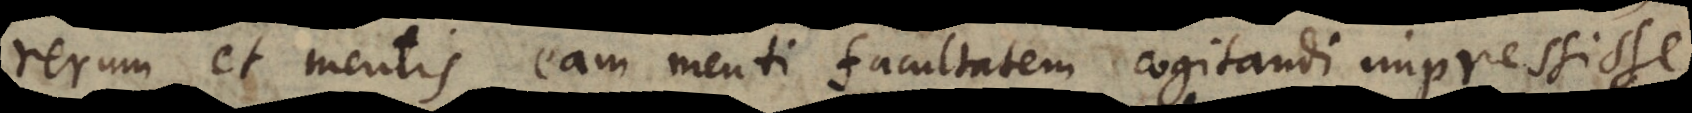
rerum et mentis eam menti facultatem cogitandi impressisse,